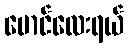
မောင်လေးရယ်